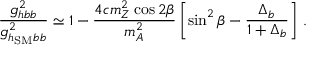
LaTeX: { \frac { g _ { h b b } ^ { 2 } } { g _ { h _ { \mathrm { S M } } b b } ^ { 2 } } } \simeq 1 - { \frac { 4 c m _ { Z } ^ { 2 } \cos 2 \beta } { m _ { A } ^ { 2 } } } \left[ \sin ^ { 2 } \beta - { \frac { \Delta _ { b } } { 1 + \Delta _ { b } } } \right] \, .